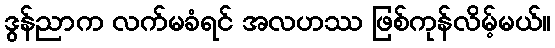
ဒွန်ညာက လက်မခံရင် အလဟဿ ဖြစ်ကုန်လိမ့်မယ်။